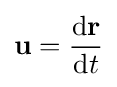
\mathbf {u} ={\frac {\mathrm {d} \mathbf {r} }{\mathrm {d} t}}\,\!